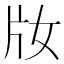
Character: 𤖩